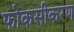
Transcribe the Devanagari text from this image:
फोकसीकरण